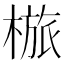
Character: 𣖺